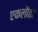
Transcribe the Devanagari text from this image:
एकलौठा